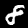
Digit: 8